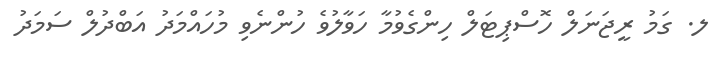
ލ. ގަމު ރީޖަނަލް ހޮސްޕިޓަލް ހިންގެވުމާ ހަވާލުވެ ހުންނެވި މުހައްމަދު އަބްދުލް ސަމަދު